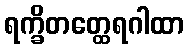
ရက္ခိတတ္ထေရဂါထာ